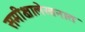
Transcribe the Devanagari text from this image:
समीक्षालेखनात